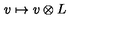
v \mapsto v \otimes L